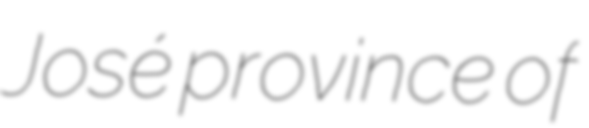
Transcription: José province of